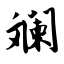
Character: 斓